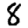
Digit: 8